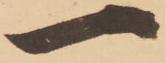
一